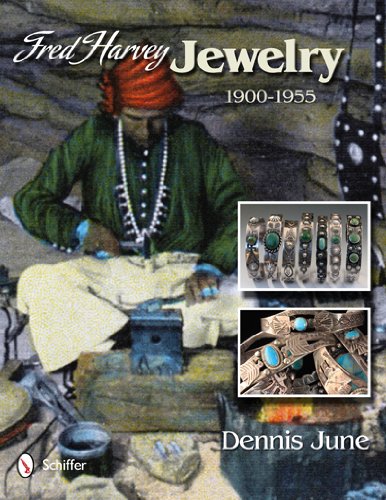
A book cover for Fred Harvey Jewelry: 1900 - 1955; Dennis June; Crafts, Hobbies & Home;